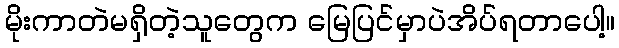
မိုးကာတဲမရှိတဲ့သူတွေက မြေပြင်မှာပဲအိပ်ရတာပေါ့။